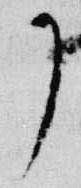
了